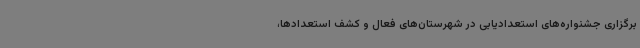
برگزاری جشنواره‌های استعدادیابی در شهرستان‌های فعال و کشف استعدادها،